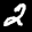
Label: 2